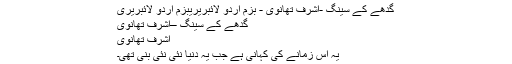
گدھے کے سینگ -اشرف تھانوی - بزم اردو لائبریریبزم اردو لائبریری
گدھے کے سینگ –اشرف تھانوی
اشرف تھانوی
یہ اس زمانے کی کہانی ہے جب یہ دنیا نئی نئی بنی تھی۔